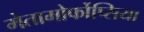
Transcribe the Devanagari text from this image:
मेतामोर्फोप्सिया